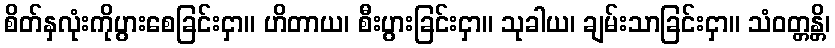
စိတ်နှလုံးကိုပွားစေခြင်းငှာ။ ဟိတာယ၊ စီးပွားခြင်းငှာ။ သုခါယ၊ ချမ်းသာခြင်းငှာ။ သံဝတ္တန္တိ၊